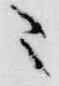
ニ